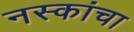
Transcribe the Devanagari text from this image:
नस्कांचा